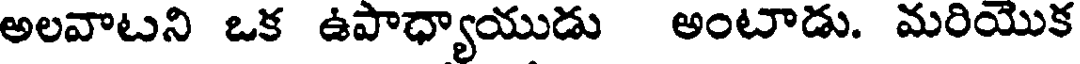
అలవాటని ఒక ఉపాధ్యాయుడు అంటాడు. మరియొక